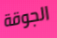
الجوقة